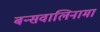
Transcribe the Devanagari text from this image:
बन्सवालिनामा